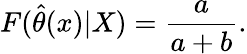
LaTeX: F({\widehat{\theta}}(x)|X)={\frac{a}{a+b}}.